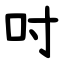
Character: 吋